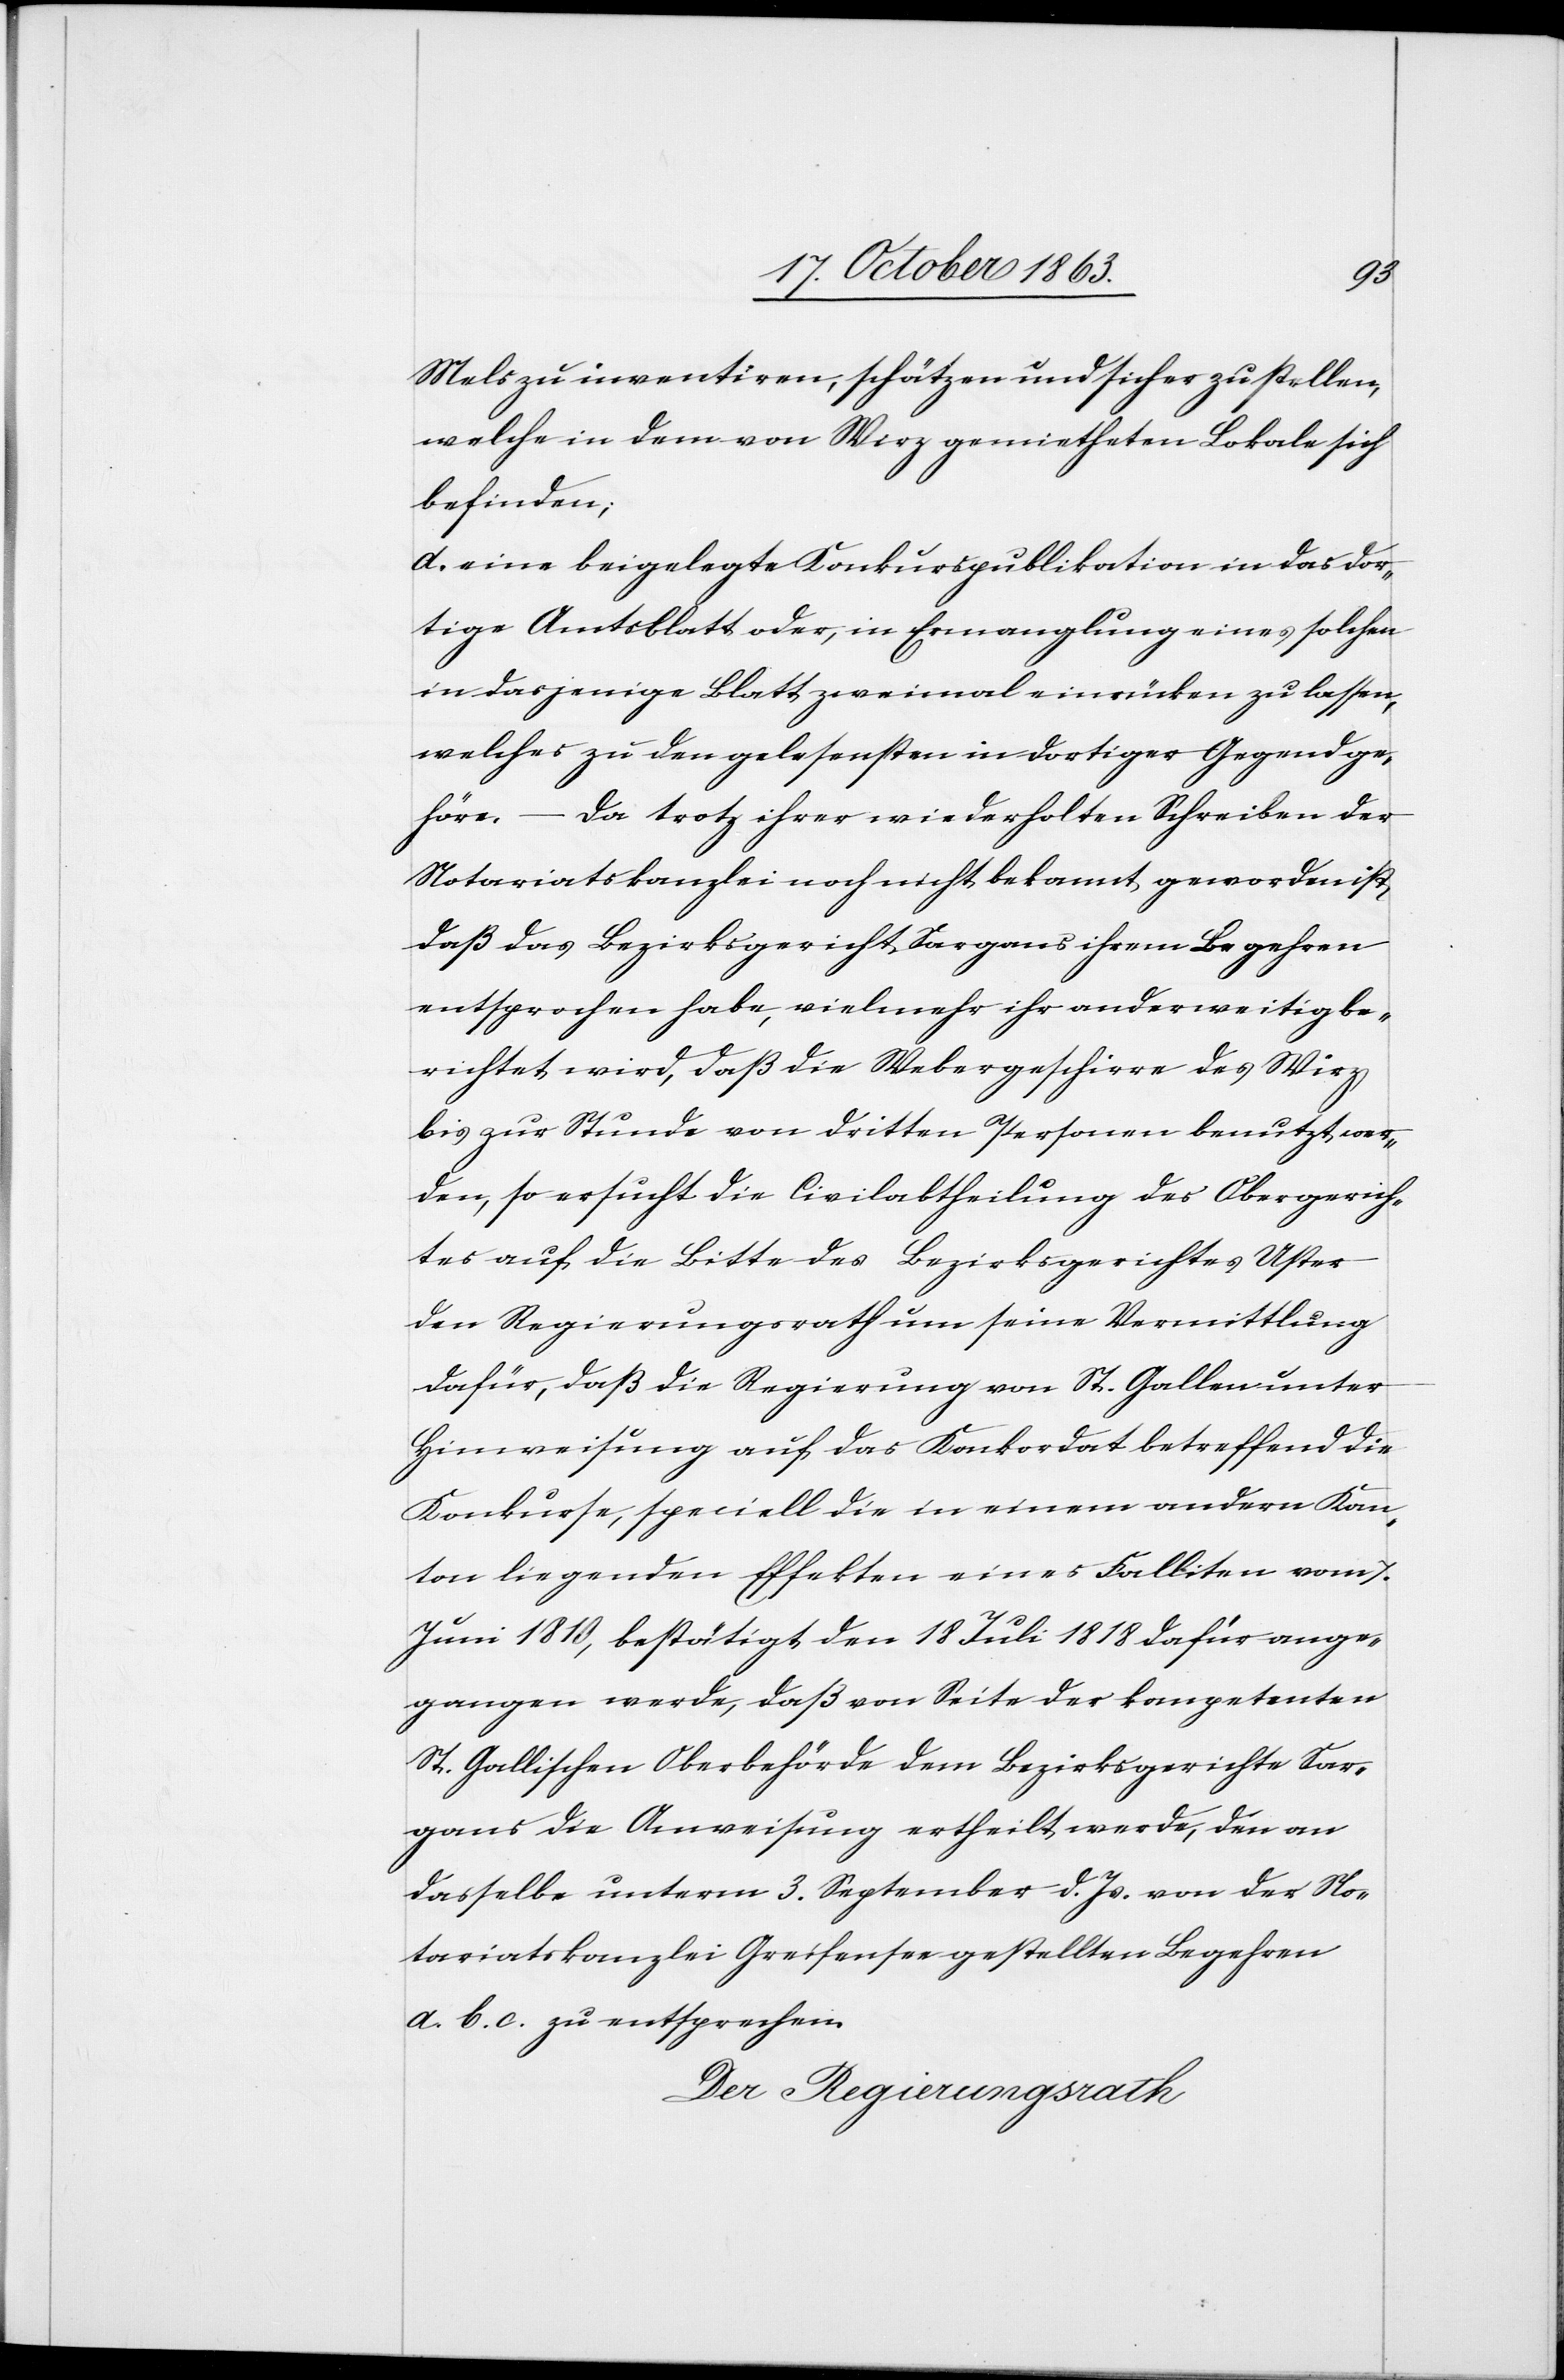
Mels zu inventiren, schätzen und sicher zu stellen,
welche in dem von Wirz gemietheten Lokale sich
befinden;
d. eine beigelegte Konkurspublikation in das dor¬
tige Amtsblatt oder, in Ermanglung eines solchen
in dasjenige Blatt zweimal einrücken zu lassen,
welches zu den gelesensten in dortiger Gegend ge¬
höre. – Da trotz ihrer wiederholten Schreiben der
Notariatskanzlei noch nicht bekannt geworden ist,
daß das Bezirksgericht Sargans ihrem Begehren
entsprochen habe, vielmehr ihr anderweitig be¬
richtet wird, daß die Webergeschirre des Wirz
bis zur Stunde von dritten Personen benutzt wer¬
den, so ersucht die Civilabtheilung des Obergerich¬
tes auf die Bitte des Bezirksgerichtes Uster
den Regierungsrath um seine Vermittlung
dafür, daß die Regierung von St. Gallen unter
Hinweisung auf das Konkordat betreffend die
Konkurse, speciell die in einem andern Kan¬
ton liegenden Effekten eines Falliten vom 7.
Juni 1810, bestätigt den 18 Juli 1818 dafür ange¬
gangen werde, daß von Seite der kompetenten
St. Gallischen Oberbehörde dem Bezirksgerichte Sar¬
gans die Anweisung ertheilt werde, den an
dasselbe unterm 3. September d. Js. von der No¬
tariatskanzlei Greifensee gestellten Begehren
a. b. c. zu entsprechen.
Der Regierungsrath